Report of the Municipal Commissioner on the plague in Bombay for the year ending 31st May... - Volume 1
Disease focus: Plague
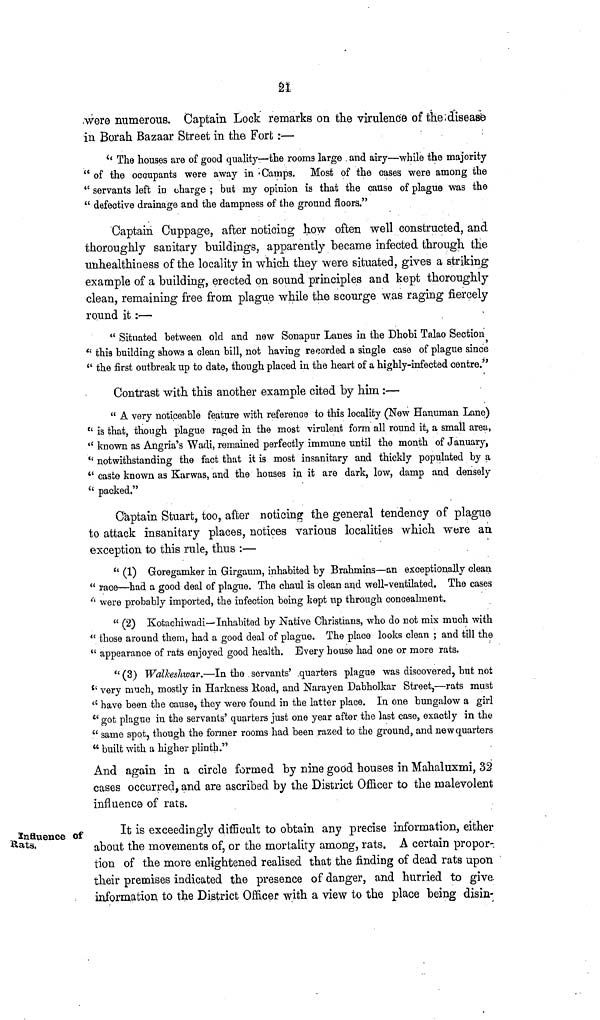
21
were numerous. Captain Lock remarks on the virulence of the disease
in Borah Bazaar Street in the Fort :—
'* The houses are of good quality—the rooms large and airy—while the majority
" of the occupants were away in Camps. Most of the cases were among the
" servants left in charge ; but my opinion is that the cause of plague was the
" defective drainage and the dampness of the ground floors."
Captain Cuppage, after noticing how often well constructed, and
thoroughly sanitary buildings, apparently became infected through the
unhealthiness of the locality in which they were situated, gives a striking
example of a building, erected on sound principles and kept thoroughly
clean, remaining free from plague while the scourge was raging fiercely
round it :—
" Situated between old and new Sonapur Lanes in the Dhobi Talao Section
" this building shows a clean bill, not having recorded a single case of plague since
" the first outbreak up to date, though placed in the heart of a highly-infected centre."
Contrast with this another example cited by him :—
" A very noticeable feature with reference to this locality (New Hanuman Lane)
" is that, though plague raged in the most virulent form all round it, a small area,
*' known as Angria's Wadi, remained perfectly immune until the month of January,
" notwithstanding the fact that it is most insanitary and thickly populated by a
" caste known as Karwas, and the houses in it are dark, low, damp and densely
" packed."
Captain Stuart, too, after noticing the general tendency of plague
to attack insanitary places, notices various localities which were an
exception to this rule, thus :—
" (1) Goregamker in Girgaum, inhabited by Brahmins—an exceptionally clean
" race—had a good deal of plague. The chaul is clean and well-ventilated. The cases
'' were probably imported, the infection being kept up through concealment.
" (2) Kotachiwadi— Inhabited by Native Christians, who do not mix much with
" those around them, had a good deal of plague. The place looks clean ; and till the
" appearance of rats enjoyed good health. Every house had one or more rats.
" (3) WalJceshwar.—In the servants' quarters plague was discovered, but not
" very much, mostly in Harkness Koad, and Narayen Dabholkar Street,—rats must
" have been the cause, they were found in the latter place. In one bungalow a girl
tl got plague in the servants' quarters just one year after the last case, exactly in the
" same spot, though the former rooms had been razed to the ground, and new quarters
" built with a higher plinth."
And again in a circle formed by nine good houses in Mahaluxmi, 32
cases occurred, and are ascribed by the District Officer to the malevolent
influence of rats.
Influence of
flats,
It is exceedingly difficult to obtain any precise information, either
about the movements of, or the mortality among, rats. A certain propor-
tion of the more enlightened realised that the finding of dead rats upon
their premises indicated the presence of danger, and hurried to give
information to the District Officer with a view to the place being disin-